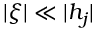
| \xi | \ll | h _ { j } |